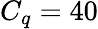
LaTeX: C_{q}=40